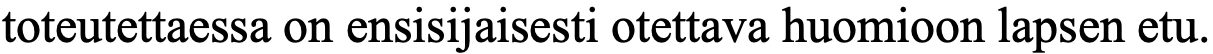
toteutettaessa on ensisijaisesti otettava huomioon lapsen etu.